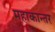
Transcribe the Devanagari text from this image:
महाकान्तर